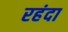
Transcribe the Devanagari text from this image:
रहंदा